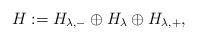
LaTeX: \begin{align*} H:=H_{\lambda,-}\oplus H_{\lambda}\oplus H_{\lambda,+}, \end{align*}